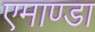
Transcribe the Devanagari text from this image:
एमाण्डा